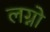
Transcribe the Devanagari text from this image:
लग्नो